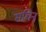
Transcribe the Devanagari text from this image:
सचिन्